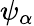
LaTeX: \psi_{\alpha}